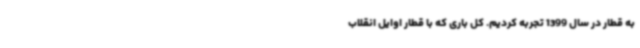
به قطار در سال 1399 تجربه کردیم. کل باری که با قطار اوایل انقلاب